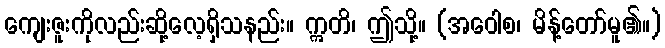
ကျေးဇူးကိုလည်းဆို့လေ့ရှိသနည်း။ ဣတိ၊ ဤသို့။ (အဝေါစ၊ မိန့်တော်မူ၏။)